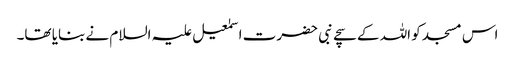
اس مسجد کو اللہ کے سچے نبی حضرت اسمٰعیل علیہ السلام نے بنایا تھا۔